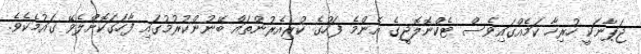
ޖަޕާނަކީ ހުރިހާ ކަމެއްގައިވެސް ޓެކްނޮލޮޖީގެ އެންމެ ފަހުގެ ކުރިއެރުންތައް ބޭނުންކުރުމުގައި ފާހަގަކޮށްލެވޭ ގައުމެކެވެ.